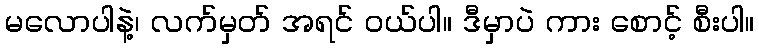
မလောပါနဲ့၊ လက်မှတ် အရင် ဝယ်ပါ။ ဒီမှာပဲ ကား စောင့် စီးပါ။